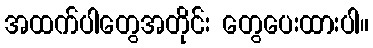
အထက်ပါတွေအတိုင်း တွေပေးထားပါ။